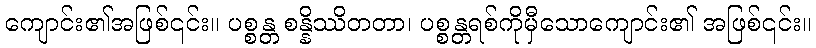
ကျောင်း၏အဖြစ်၎င်း။ ပစ္စန္တ စန္နိဿိတတာ၊ ပစ္စန္တရစ်ကိုမှီသောကျောင်း၏ အဖြစ်၎င်း။